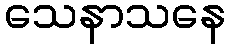
သေနာသနေ